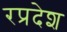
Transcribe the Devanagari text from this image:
रप्रदेश